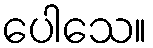
ပေါသေ။